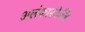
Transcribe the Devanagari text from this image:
अलंकारकेलि